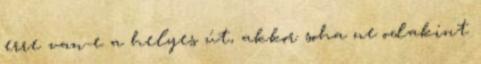
erre van-e a helyes út, akkor soha ne odakint